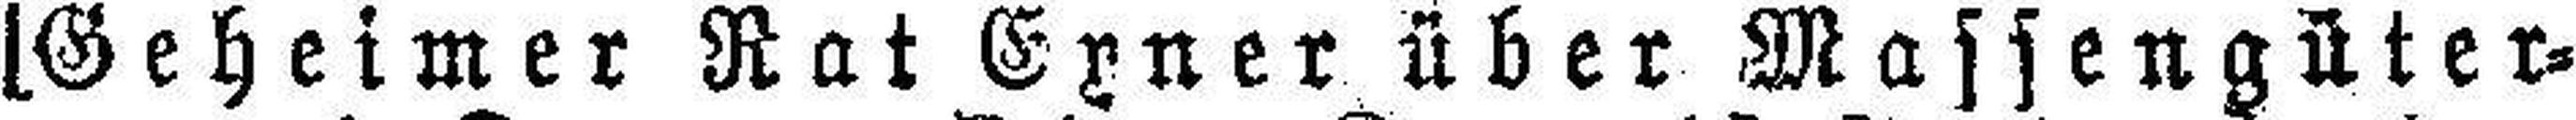
[Geheimer Rat Exner über Massengüter¬